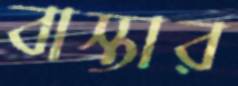
বাস্তার